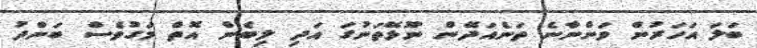
ބަލަ އަހަރުން ވަންނާނެ ތަނެއަދޭން ނޫޅޭތަނުގަ އަދި ލިބެން އޮތް މަގުވެސް ބަންދު